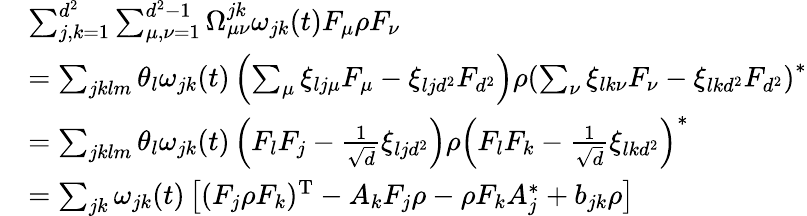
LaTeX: \begin{array}{rl}&{\sum_{j,k=1}^{d^{2}}\sum_{\mu,\nu=1}^{d^{2}-1}\Omega_{\mu\nu}^{jk}\omega_{jk}(t)F_{\mu}\rho F_{\nu}}\\ &{=\sum_{jklm}\theta_{l}\omega_{jk}(t)\left(\sum_{\mu}\xi_{lj\mu}F_{\mu}-\xi_{ljd^{2}}F_{d^{2}}\right)\rho\left(\sum_{\nu}\xi_{lk\nu}F_{\nu}-\xi_{lkd^{2}}F_{d^{2}}\right)^{*}}\\ &{=\sum_{jklm}\theta_{l}\omega_{jk}(t)\left(F_{l}F_{j}-\frac{1}{\sqrt{d}}\xi_{ljd^{2}}\right)\rho\left(F_{l}F_{k}-\frac{1}{\sqrt{d}}\xi_{lkd^{2}}\right)^{*}}\\ &{=\sum_{jk}\omega_{jk}(t)\left[(F_{j}\rho F_{k})^{\mathrm{T}}-A_{k}F_{j}\rho-\rho F_{k}A_{j}^{*}+b_{jk}\rho\right]}\end{array}